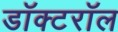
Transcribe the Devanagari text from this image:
डॉक्टरॉल